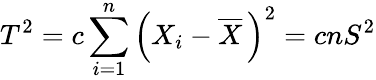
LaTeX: T^{2}=c\sum_{i=1}^{n}\left(X_{i}-{\overline{{X}}}\, \right)^{2}=cnS^{2}